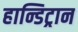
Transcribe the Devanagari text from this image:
हान्डिट्रान